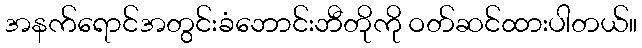
အနက်ရောင်အတွင်းခံဘောင်းဘီတိုကို ဝတ်ဆင်ထားပါတယ်။